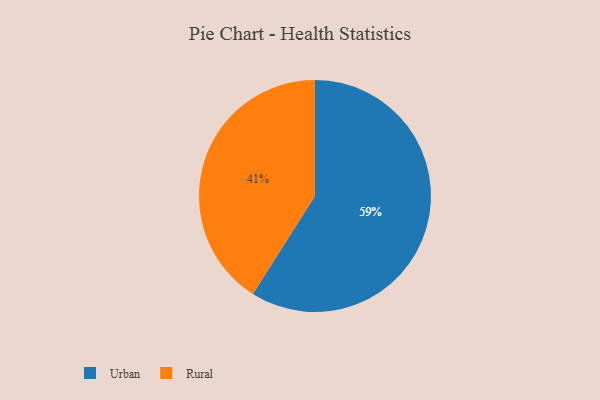
{"axis": {"x": "Category", "y": "Percentage"}, "legend": ["Rural", "Urban"], "data": [{"x": "Rural", "y": 41, "type": "Rural"}, {"x": "Urban", "y": 59, "type": "Urban"}]}